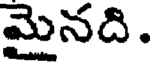
మైనది.